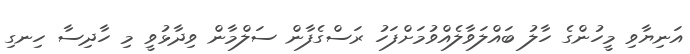
އަނިޔާވި މީހުންގެ ހާލު ބައްލަވާލެއްވުމަށްފަހު ރަސްގެފާން ސަލްމާން ވިދާޅުވީ މި ހާދިސާ ހިނގި